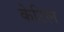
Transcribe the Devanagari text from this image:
केटिल